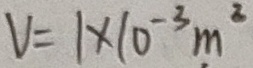
V = 1 \times 1 0 ^ { - 3 } m ^ { 2 }